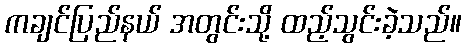
ကချင်ပြည်နယ် အတွင်းသို့ ထည့်သွင်းခဲ့သည်။